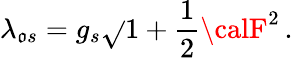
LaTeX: \lambda_{\mathfrak{o}s}=g_{s}\sqrt{}{{{1+{\frac{{1}}{{2}}}{\calF}^{2}}}}\, .